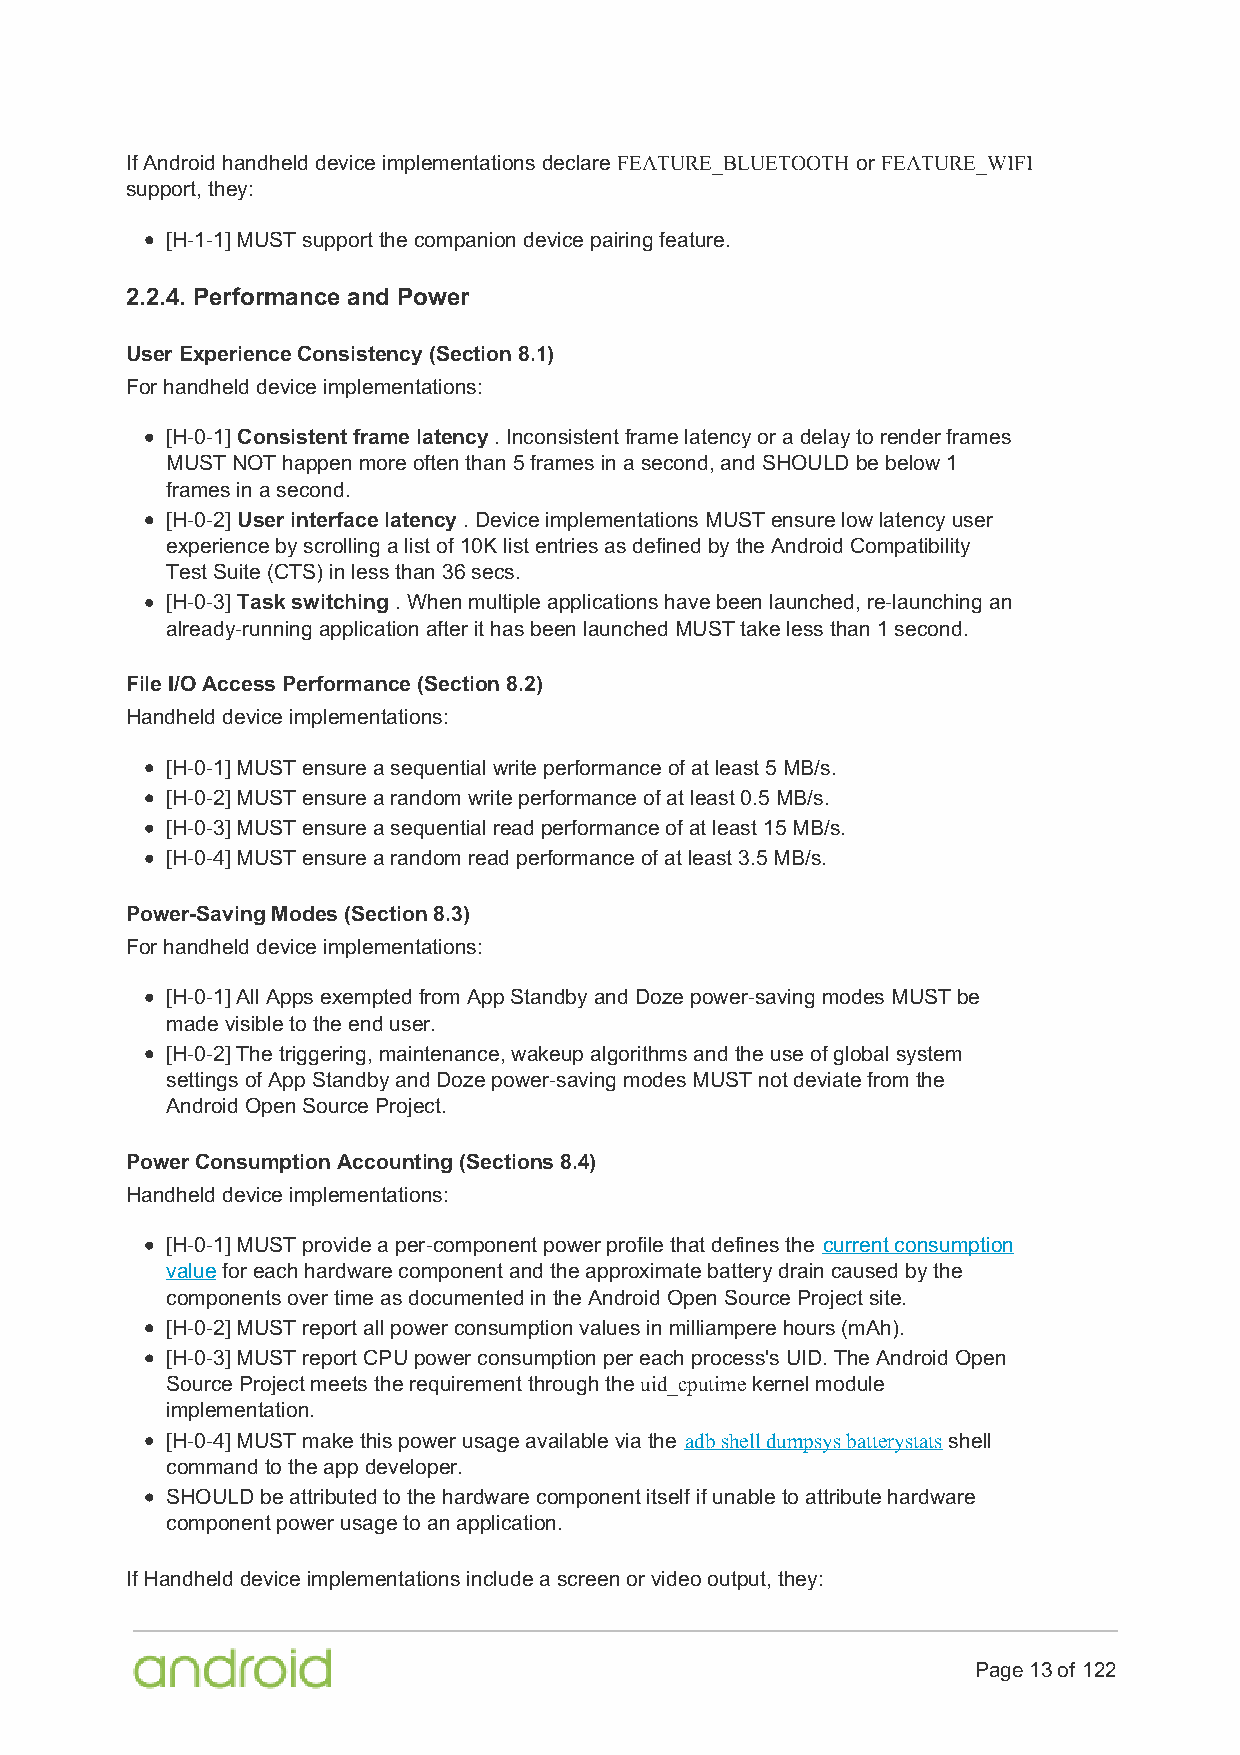
If Android handheld device implementations declare FEATURE_BLUETOOTH or FEATURE_WIFI
 support, they:
 [H-1-1] MUST support the companion device pairing feature.
 2.2.4. Performance and Power
 User Experience Consistency (Section 8.1)
 For handheld device implementations:
 [H-0-1] Consistent frame latency . Inconsistent frame latency or a delay to render frames
 MUST NOT happen more often than 5 frames in a second, and SHOULD be below 1
 frames in a second.
 [H-0-2] User interface latency . Device implementations MUST ensure low latency user
 experience by scrolling a list of 10K list entries as defined by the Android Compatibility
 Test Suite (CTS) in less than 36 secs.
 [H-0-3] Task switching . When multiple applications have been launched, re-launching an
 already-running application after it has been launched MUST take less than 1 second.
 File I/O Access Performance (Section 8.2)
 Handheld device implementations:
 [H-0-1] MUST ensure a sequential write performance of at least 5 MB/s.
 [H-0-2] MUST ensure a random write performance of at least 0.5 MB/s.
 [H-0-3] MUST ensure a sequential read performance of at least 15 MB/s.
 [H-0-4] MUST ensure a random read performance of at least 3.5 MB/s.
 Power-Saving Modes (Section 8.3)
 For handheld device implementations:
 [H-0-1] All Apps exempted from App Standby and Doze power-saving modes MUST be
 made visible to the end user.
 [H-0-2] The triggering, maintenance, wakeup algorithms and the use of global system
 settings of App Standby and Doze power-saving modes MUST not deviate from the
 Android Open Source Project.
 Power Consumption Accounting (Sections 8.4)
 Handheld device implementations:
 [H-0-1] MUST provide a per-component power profile that defines the current consumption
 value for each hardware component and the approximate battery drain caused by the
 components over time as documented in the Android Open Source Project site.
 [H-0-2] MUST report all power consumption values in milliampere hours (mAh).
 [H-0-3] MUST report CPU power consumption per each process's UID. The Android Open
 Source Project meets the requirement through the uid_cputime kernel module
 implementation.
 [H-0-4] MUST make this power usage available via the adb shell dumpsys batterystats shell
 command to the app developer.
 SHOULD be attributed to the hardware component itself if unable to attribute hardware
 component power usage to an application.
 If Handheld device implementations include a screen or video output, they:
 Page 13 of 122